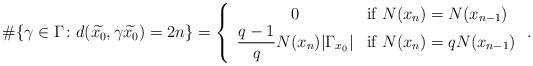
LaTeX: \begin{align*} \#\{\gamma\in\Gamma\colon d(\widetilde{x_0},\gamma \widetilde{x_0}) =2n\}= \left\{\begin{array}{cl} \displaystyle 0& \textrm{if }N(x_n)=N(x_{n-1})\\ \displaystyle \frac{q-1}{q}N(x_n)|\Gamma_{x_0}|& \textrm{if }N(x_n)=qN(x_{n-1}) \end{array}\right. .\end{align*}